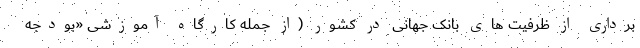
برداری از ظرفیت های بانک جهانی در کشور (از جمله کارگاه آموزشی «بودجه